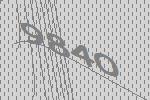
9840